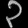
Digit: ၃